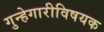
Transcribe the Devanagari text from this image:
गुन्हेगारीविषयक